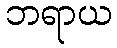
ဘရာယ